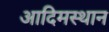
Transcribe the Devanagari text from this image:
आदिमस्थान